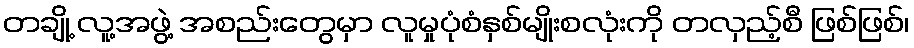
တချို့ လူ့အဖွဲ့ အစည်းတွေမှာ လူမှုပုံစံနှစ်မျိုးစလုံးကို တလှည့်စီ ဖြစ်ဖြစ်၊